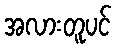
အလားတူပင်